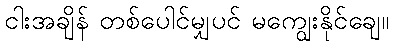
ငါးအချိန် တစ်ပေါင်မျှပင် မကျွေးနိုင်ချေ။